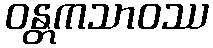
ဝန္တကသာဝဿ